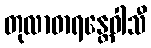
တုလာဓာရန္တေဝါသီ